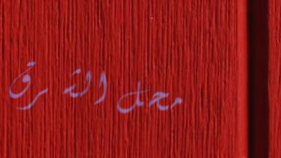
محل الشرق